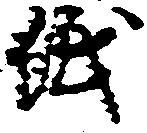
紙